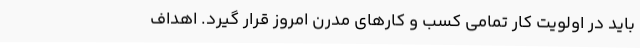
باید در اولویت کار تمامی کسب و کارهای مدرن امروز قرار گیرد. اهداف